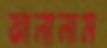
ঝালালাম